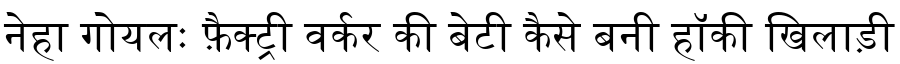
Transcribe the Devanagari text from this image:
नेहा गोयलः फ़ैक्ट्री वर्कर की बेटी कैसे बनी हॉकी खिलाड़ी